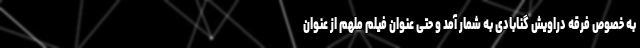
به خصوص فرقه دراویش گنابادی به شمار آمد و حتی عنوان فیلم ملهم از عنوان